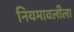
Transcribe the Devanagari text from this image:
नियमावलीला